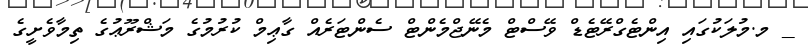
_ މ.މުލަކުގައި އިންޓެގްރޭޓެޑް ވޭސްޓް މެނޭޖްމެންޓް ސެންޓަރެއް ގާޢިމް ކުރުމުގެ މަޝްރޫޢުގެ ތިމާވެށީގެ